Rangoon Lunatic Asylum 1878-1892 - 1878-1892
Year: 1878
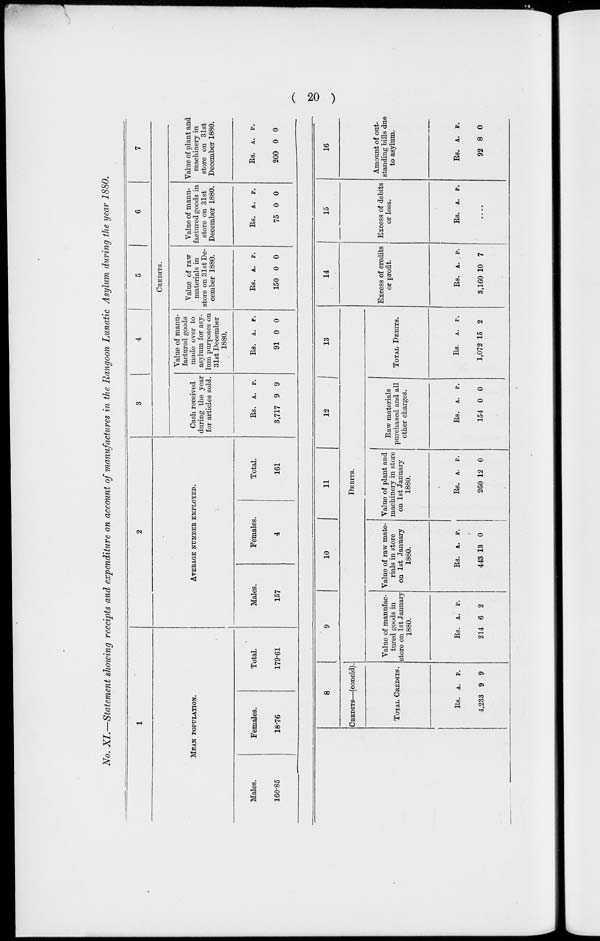
( 20 )
No. XI.—Statement showing receipts and expenditure on account of manufactures in the Rangoon Lunatic Asylum during the year 1880.
1
MEAN POPULATION.
Males.
160.85
Females.
18.76
Total.
179.61
2
AVERAGE NUMBER EMPLOYED.
Males.
157
Females.
4
Total.
161
3
4
5
6
7
CREDITS.
Cash received
during the year
for articles sold.
Rs.
3,717
A.
9
P.
9
Value of manu-
factured goods
made over to
asylum for asy-
lum purposes on
31st December
1880.
Rs.
91
A.
0
P.
0
Value of raw
materials in
store on 31st De-
cember 1880.
Rs.
150
A.
0
P.
0
Value of manu-
factured goods in
store on 31st
December 1880.
Rs.
75
A.
0
P.
0
Value of plant and
machinery in
store on 31st
December 1880.
Rs.
200
A.
0
P.
0
8
CREDITS—(concld).
TOTAL CREDITS.
Rs.
4,233
A.
9
P.
9
9
10
11
12
13
DEBITS.
Value of manufac-
tured goods in
store on 1st January
1880.
Rs.
214
A.
6
P.
2
Value of raw mate-
rials in store
on 1st January
1880.
Rs.
443
A.
13
P.
0
Value of plant and
machinery in store
on 1st January
1880.
Rs.
260
A.
12
P.
0
Raw materials
purchased and all
other charges.
Rs.
154
A.
0
P.
0
TOTAL DEBITS.
Rs.
1,072
A.
15
P.
2
14
Excess of credits
or profit.
Rs.
3,160
A.
10
P.
7
15
Excess of debits
or loss.
Rs. A. P.
....
16
Amount of out-
standing bills due
to asylum.
Rs.
92
A.
8
P.
0